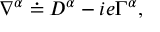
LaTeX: \nabla ^ { \alpha } \doteq D ^ { \alpha } - i e \Gamma ^ { \alpha } ,